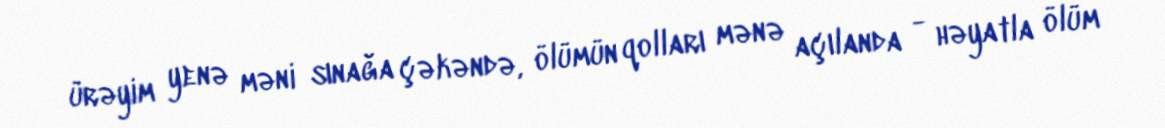
ürəyim yenə məni sınağa çəkəndə, ölümün qolları mənə açılanda - həyatla ölüm